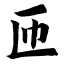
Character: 匝